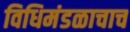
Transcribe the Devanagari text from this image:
विधिमंडळाचाच